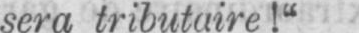
sera tributaire!“